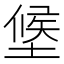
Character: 𭏑